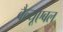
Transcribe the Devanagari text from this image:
वैल्यूएबल